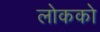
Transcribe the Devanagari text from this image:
लोकको